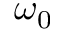
\omega _ { 0 }